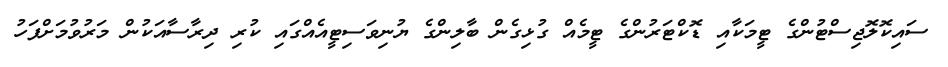
ސައިކޮލޮޖިސްޓުންގެ ޓީމަކާއި ޑޮކްޓަރުންގެ ޓީމެއް ގުޅިގެން ބާލިންގެ ޔުނިވަސިޓީއެއްގައި ކުރި ދިރާސާއަކުން މަރުވުމަށްފަހު